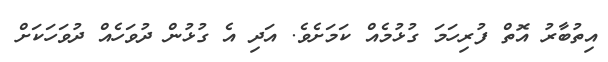
އިތުބާރު އޮތް ފުރިހަމަ ގުޅުމެއް ކަމަށެވެ. އަދި އެ ގުޅުން ދުވަހެއް ދުވަހަކަށް